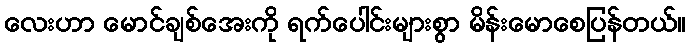
လေးဟာ မောင်ချစ်အေးကို ရက်ပေါင်းများစွာ မိန်းမောစေပြန်တယ်။